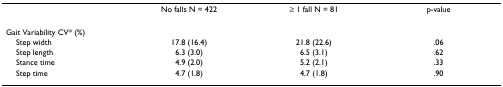
<table><thead><tr><td>[EMPTY_CELL]</td><td><b>No falls N = 422</b></td><td><b>≥ 1 fall N = 81</b></td><td><b>p-value</b></td></tr></thead><tbody><tr><td colspan="4">Gait Variability CV* (%)</td></tr><tr><td> Step width</td><td>17.8 (16.4)</td><td>21.8 (22.6)</td><td>.06</td></tr><tr><td> Step length</td><td>6.3 (3.0)</td><td>6.5 (3.1)</td><td>.62</td></tr><tr><td> Stance time</td><td>4.9 (2.0)</td><td>5.2 (2.1)</td><td>.33</td></tr><tr><td> Step time</td><td>4.7 (1.8)</td><td>4.7 (1.8)</td><td>.90</td></tr></tbody></table>